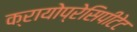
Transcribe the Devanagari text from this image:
क्रायोप्रेसिपीटेट